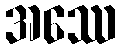
အဿေ